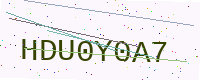
Text: HDU0Y0A7